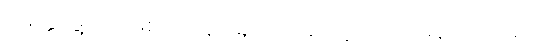
မေတ္တာဖွဲ့သာ ဖြစ်ကာ နာမည်ထင်ရှားမှုလည်း မရှိလှ ပါဘူး။